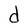
Character: d